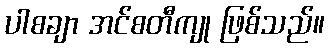
ပါစချာ အင်စတီကျု ဖြစ်သည်။